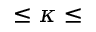
\le \kappa \le